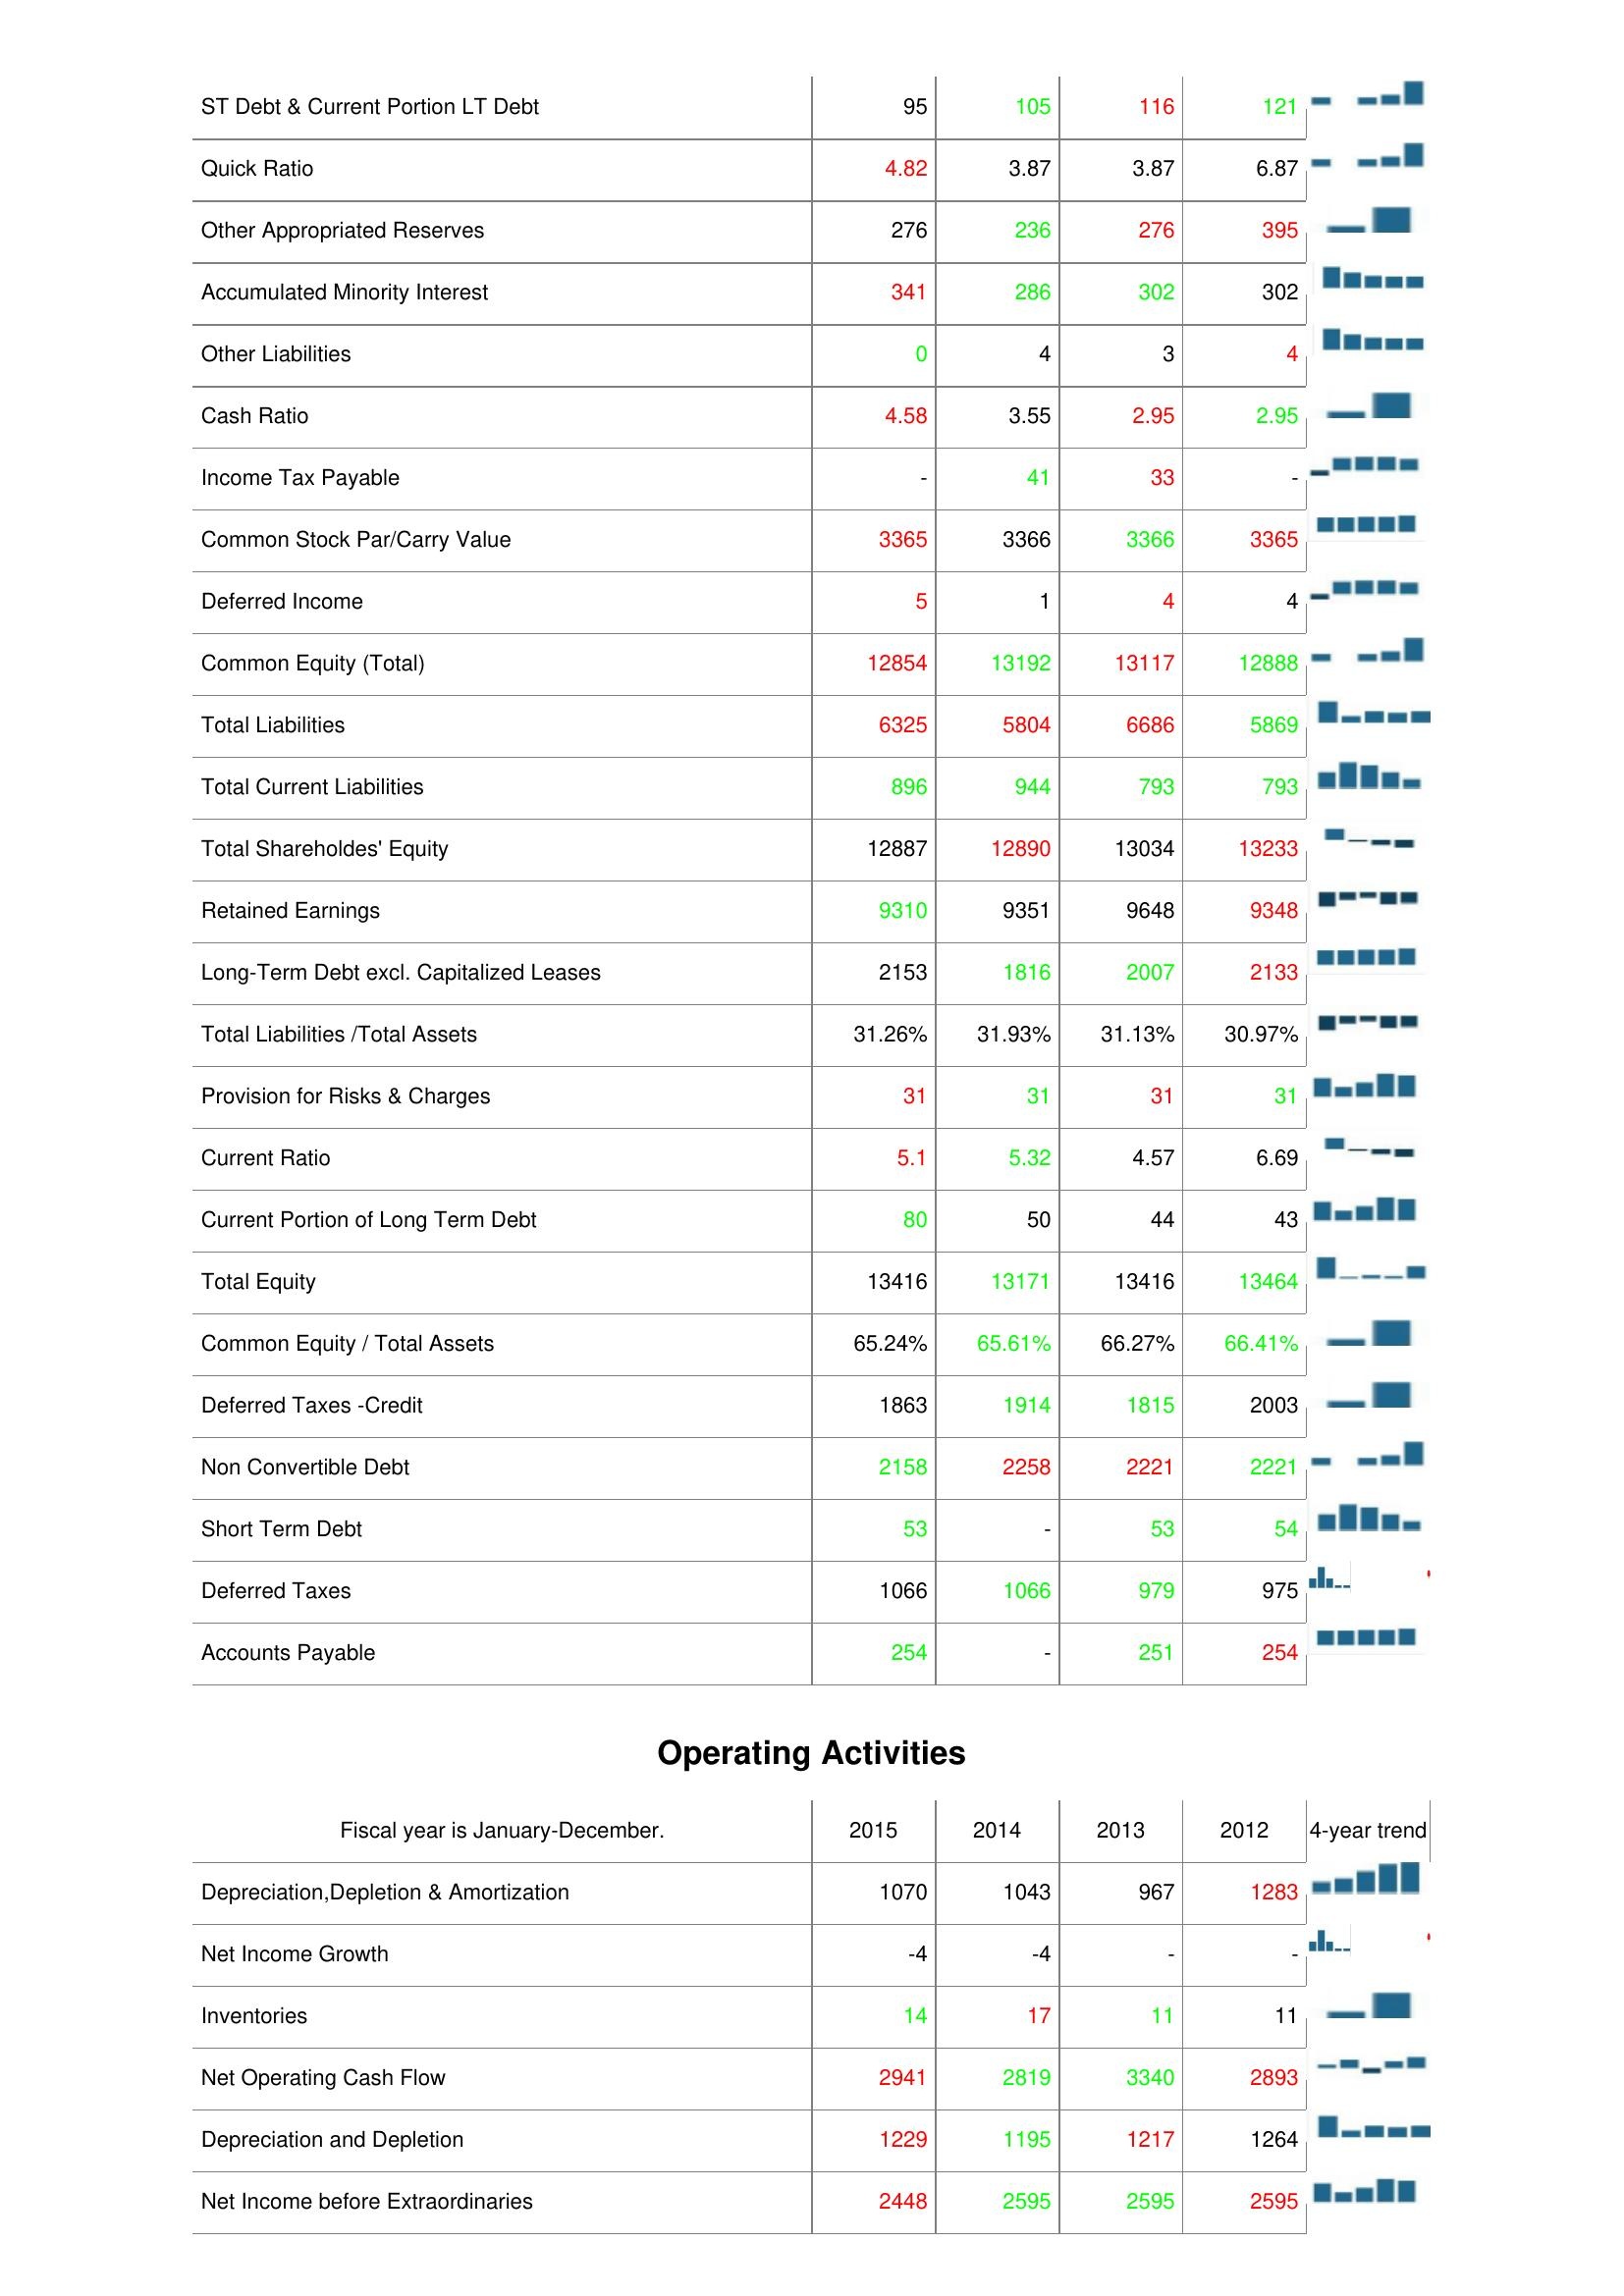
2015: Liabilities & Shareholder's Equity: ST Debt & Current Portion LT Debt: 95
Quick Ratio: 4.82
Other Appropriated Reserves: 276
Accumulated Minority Interest: 341
Other Liabilities: 0
Cash Ratio: 4.58
Income Tax Payable: -
Common Stock Par/Carry Value: 3365
Deferred Income: 5
Common Equity (Total): 12854
Total Liabilities: 6325
Total Current Liabilities: 896
Total Shareholdes' Equity: 12887
Retained Earnings: 9310
Long-Term Debt excl. Capitalized Leases: 2153
Total Liabilities /Total Assets: 31.26%
Provision for Risks & Charges: 31
Current Ratio: 5.1
Current Portion of Long Term Debt: 80
Total Equity: 13416
Common Equity / Total Assets: 65.24%
Deferred Taxes -Credit: 1863
Non Convertible Debt: 2158
Short Term Debt: 53
Deferred Taxes: 1066
Accounts Payable: 254
Operating Activities: Depreciation,Depletion & Amortization: 1070
Net Income Growth: -4
Inventories: 14
Net Operating Cash Flow: 2941
Depreciation and Depletion: 1229
Net Income before Extraordinaries: 2448
2014: Liabilities & Shareholder's Equity: ST Debt & Current Portion LT Debt: 105
Quick Ratio: 3.87
Other Appropriated Reserves: 236
Accumulated Minority Interest: 286
Other Liabilities: 4
Cash Ratio: 3.55
Income Tax Payable: 41
Common Stock Par/Carry Value: 3366
Deferred Income: 1
Common Equity (Total): 13192
Total Liabilities: 5804
Total Current Liabilities: 944
Total Shareholdes' Equity: 12890
Retained Earnings: 9351
Long-Term Debt excl. Capitalized Leases: 1816
Total Liabilities /Total Assets: 31.93%
Provision for Risks & Charges: 31
Current Ratio: 5.32
Current Portion of Long Term Debt: 50
Total Equity: 13171
Common Equity / Total Assets: 65.61%
Deferred Taxes -Credit: 1914
Non Convertible Debt: 2258
Short Term Debt: -
Deferred Taxes: 1066
Accounts Payable: -
Operating Activities: Depreciation,Depletion & Amortization: 1043
Net Income Growth: -4
Inventories: 17
Net Operating Cash Flow: 2819
Depreciation and Depletion: 1195
Net Income before Extraordinaries: 2595
2013: Liabilities & Shareholder's Equity: ST Debt & Current Portion LT Debt: 116
Quick Ratio: 3.87
Other Appropriated Reserves: 276
Accumulated Minority Interest: 302
Other Liabilities: 3
Cash Ratio: 2.95
Income Tax Payable: 33
Common Stock Par/Carry Value: 3366
Deferred Income: 4
Common Equity (Total): 13117
Total Liabilities: 6686
Total Current Liabilities: 793
Total Shareholdes' Equity: 13034
Retained Earnings: 9648
Long-Term Debt excl. Capitalized Leases: 2007
Total Liabilities /Total Assets: 31.13%
Provision for Risks & Charges: 31
Current Ratio: 4.57
Current Portion of Long Term Debt: 44
Total Equity: 13416
Common Equity / Total Assets: 66.27%
Deferred Taxes -Credit: 1815
Non Convertible Debt: 2221
Short Term Debt: 53
Deferred Taxes: 979
Accounts Payable: 251
Operating Activities: Depreciation,Depletion & Amortization: 967
Net Income Growth: -
Inventories: 11
Net Operating Cash Flow: 3340
Depreciation and Depletion: 1217
Net Income before Extraordinaries: 2595
2012: Liabilities & Shareholder's Equity: ST Debt & Current Portion LT Debt: 121
Quick Ratio: 6.87
Other Appropriated Reserves: 395
Accumulated Minority Interest: 302
Other Liabilities: 4
Cash Ratio: 2.95
Income Tax Payable: -
Common Stock Par/Carry Value: 3365
Deferred Income: 4
Common Equity (Total): 12888
Total Liabilities: 5869
Total Current Liabilities: 793
Total Shareholdes' Equity: 13233
Retained Earnings: 9348
Long-Term Debt excl. Capitalized Leases: 2133
Total Liabilities /Total Assets: 30.97%
Provision for Risks & Charges: 31
Current Ratio: 6.69
Current Portion of Long Term Debt: 43
Total Equity: 13464
Common Equity / Total Assets: 66.41%
Deferred Taxes -Credit: 2003
Non Convertible Debt: 2221
Short Term Debt: 54
Deferred Taxes: 975
Accounts Payable: 254
Operating Activities: Depreciation,Depletion & Amortization: 1283
Net Income Growth: -
Inventories: 11
Net Operating Cash Flow: 2893
Depreciation and Depletion: 1264
Net Income before Extraordinaries: 2595